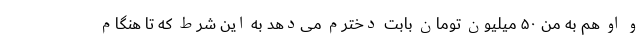
و او هم به من ۵۰ میلیون تومان بابت دخترم می‌دهد به این شرط که تا هنگام